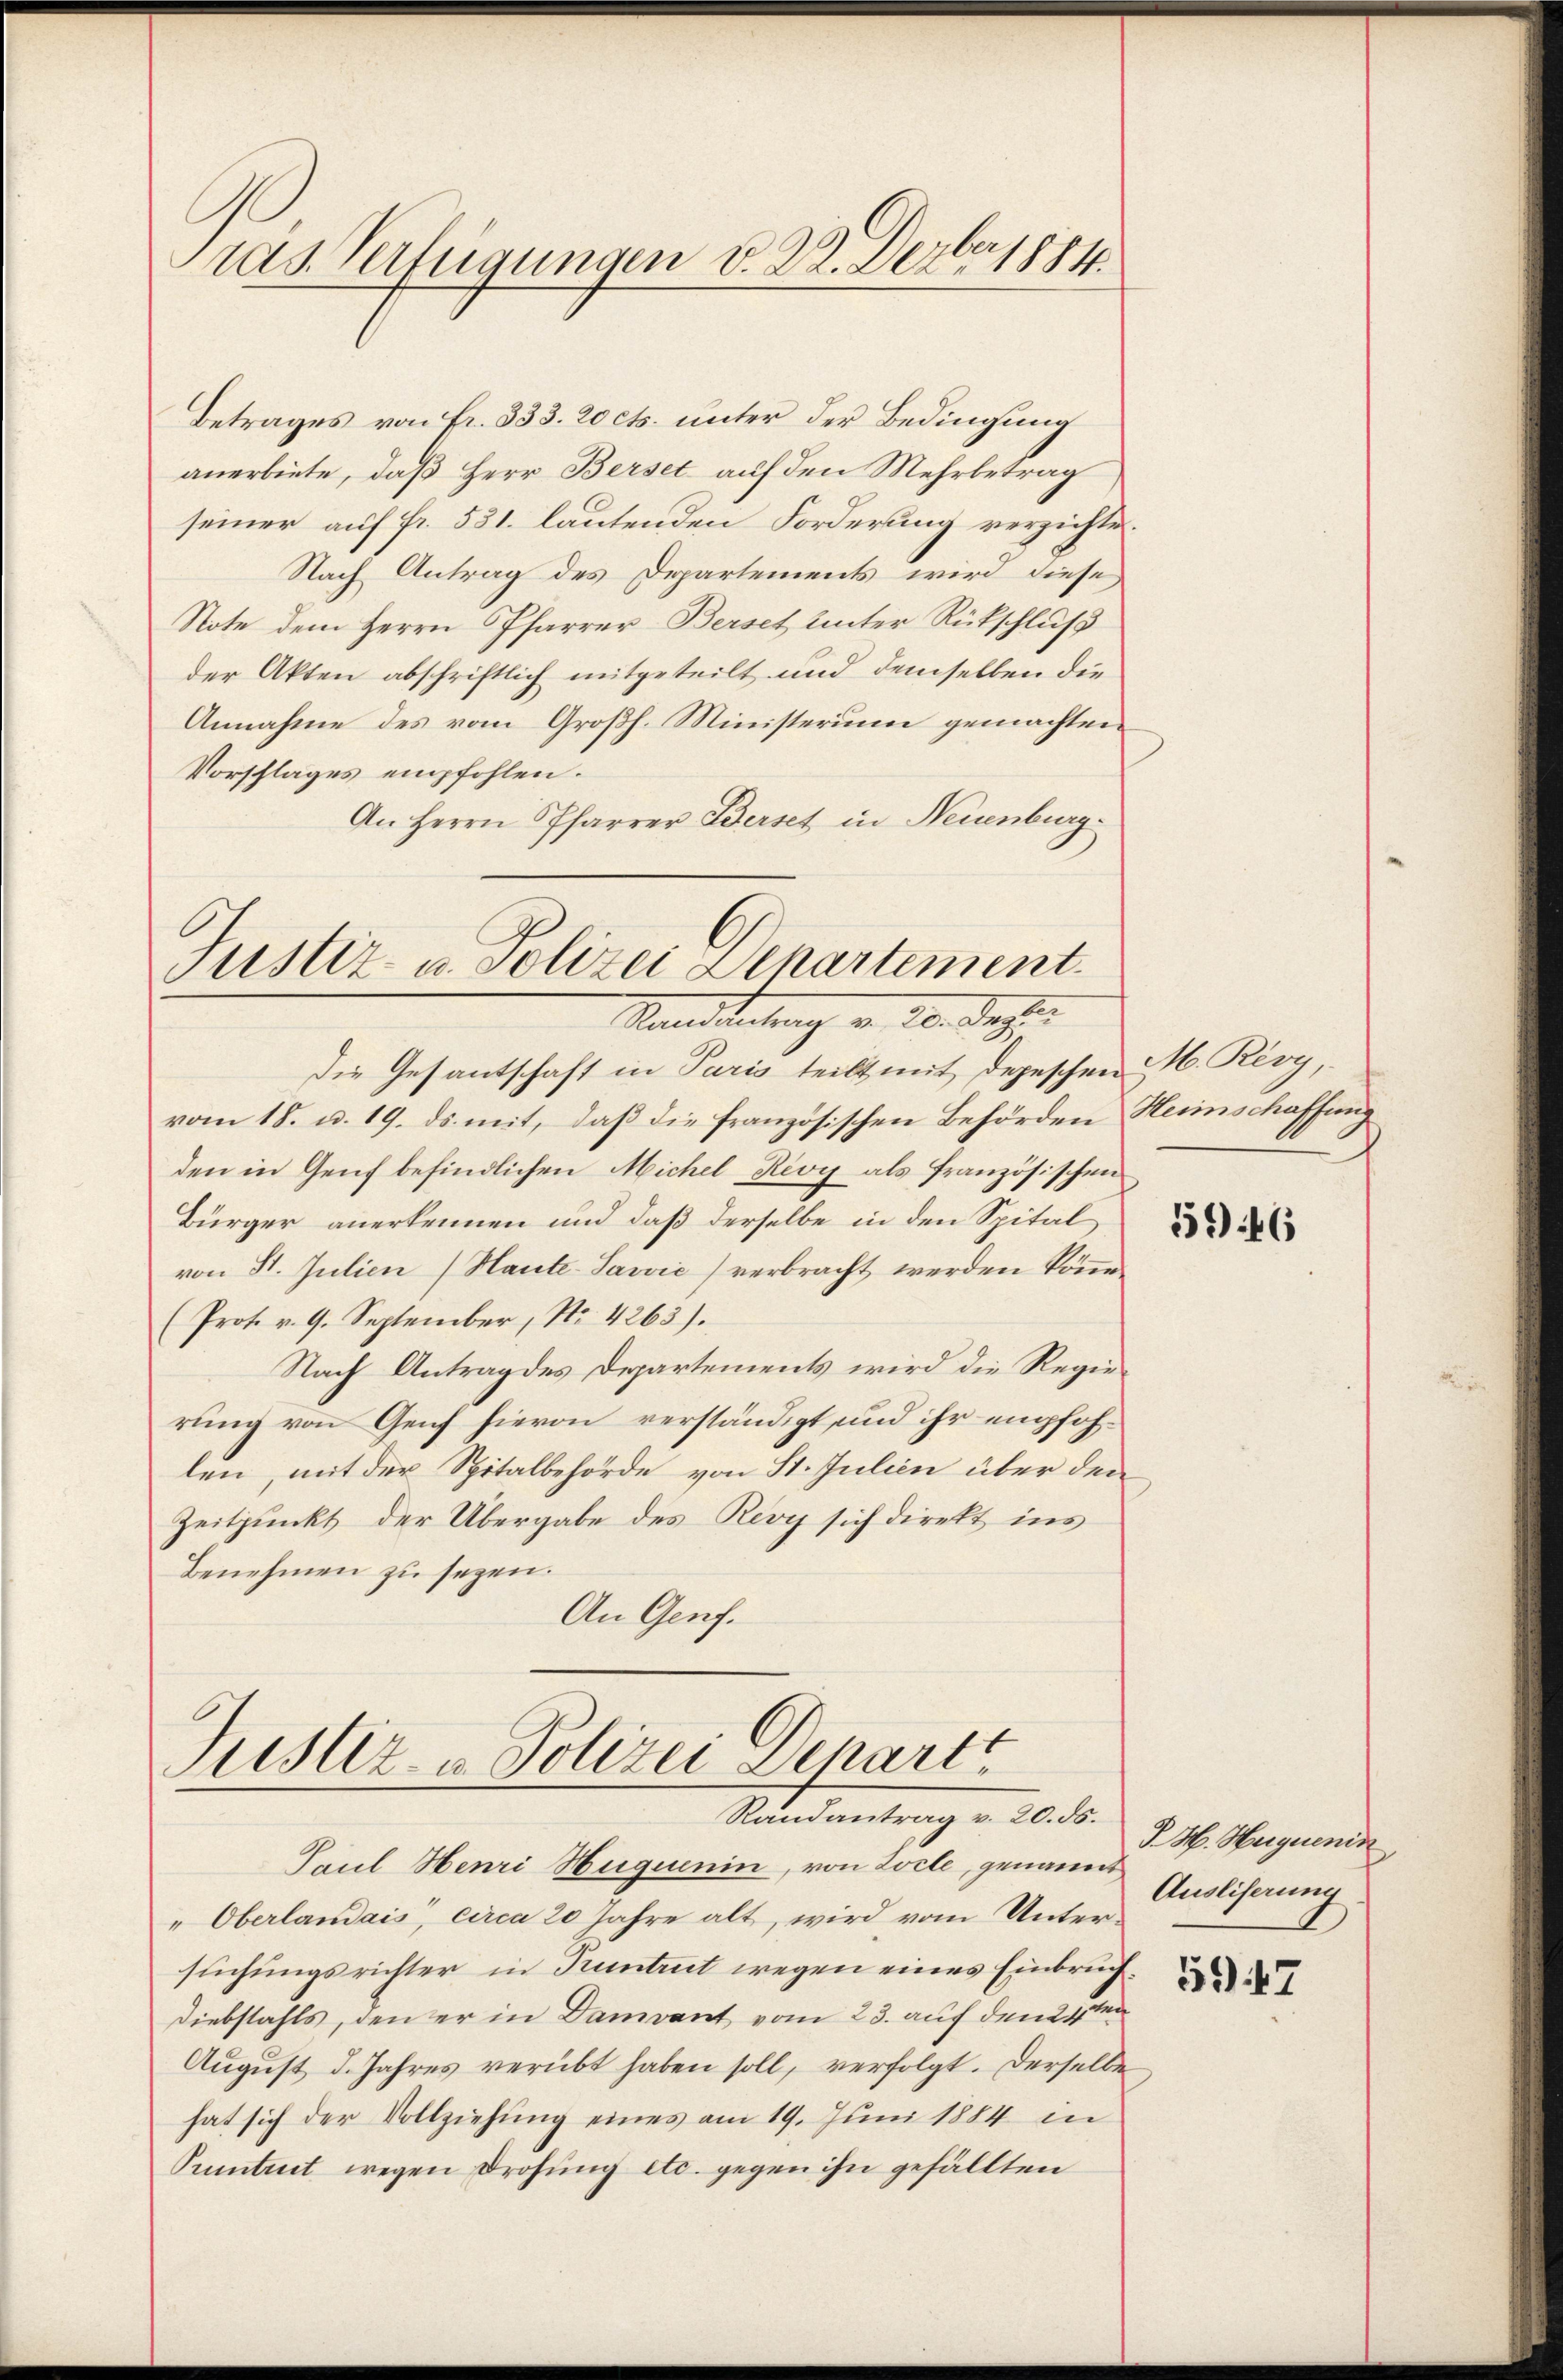
ras. Verfügungen v. 22. Derber 1884.

Betrages von fr. 333. 20 cts. unter der Bedingung
anerbiete, daß Herr Berset auf den Mehrbetrag
seiner auf fr. 531. lautenden Forderung verzichte.
Nach Antrag des Departements wird diese
Note dem Herrn Pfarrer-Berset unter Rückschluß
der Akten abschriftlich mitgeteilt und demselben die
Annahme des vom Großh. Ministerium gemachten
Vorschlages empfohlen.
An Herrn Pfarrer Berset in Neuenburg

Justiz- u. Polizei Departement
Rattdeckung v. 20. Deze

Justiz- u. Polizei Depart
Randantrag v. 20. ds.
Paul Henri Huquenin, von Locte, genannt,

die Gesantschaft in Paris teilt mit depeschen M. Rivy,
vom 18. u. 19. ds. mit, daß die französischen Behörden Heimschaffung
den in Genf befindlichen Michel, Rivy als französischen
Bürger anerkennen und daß derselbe in den Spital
von St. Julien (Haute-Sawić) verbracht werden könne.
(Prot. v. 9. September, No. 4263).
Nach Antrag des Departements wird die Regierung von Genf hievon verständigt, und ihr empfohlen, mit der Spitalbehörde von St. Julien über den
Zeitpunkt der Übergabe des Rey sich direkt ins
Benehmen zu sezen.
An Genf.

Oberlandais, circa 20 Jahre alt, wird vom Untersuchungsrichter in Kuntrut wegen eines Einbruch¬
Diebstahls, den er in Damvant vom 23. auf den 1ten
August d. Jahres verübt haben soll, verfolgt. Derselbe
hat sich der Vollziehŭng eines am 19. Juni 1884 in
Pumtret wegen Drohung etc. gegen ihn gefällten

59) 46

J. H. Huguenin
Ausliserung.

5947